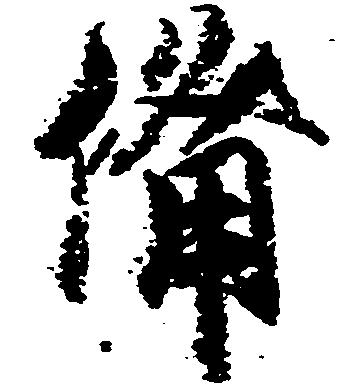
備